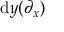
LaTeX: \mathrm { d } y ( \partial _ { x } )